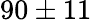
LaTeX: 90\pm 11